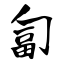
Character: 匐